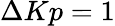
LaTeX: \Delta Kp=1